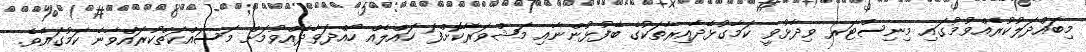
މިބައްދަލުކުރެއްވުމުގައި މިނިސްޓަރ ވިދާޅުވީ ކަމާގުޅޭދާއިރާތަކުގެ ބޭފުޅުންނާއި މަޝްވަރާކޮށްފަ ހައްލެއް ހޯއްދަވާދެއްވުމަށް މަސައްކަތްކުރައްވާނެ ކަމުގައެވެ.